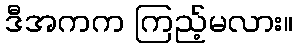
ဒီအကက ကြည့်မလား။